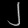
Digit: ၂